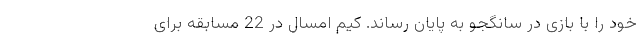
خود را با بازی در سانگجو به پایان رساند. کیم امسال در 22 مسابقه برای